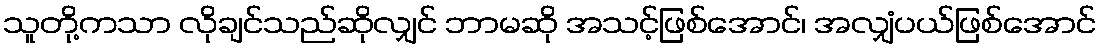
သူတို့ကသာ လိုချင်သည်ဆိုလျှင် ဘာမဆို အသင့်ဖြစ်အောင်၊ အလျှံပယ်ဖြစ်အောင်